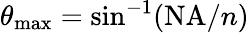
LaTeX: \theta_{\operatorname*{max}}=\sin^{-1}(\mathrm{NA}/n)